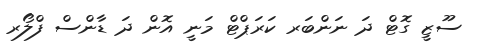
ސޫޒީ ގޮޓް ދަ ނަންބަރ ކަރަޕްޓް މަނީ އޮން ދަ ޑާންސް ފްލޯރ